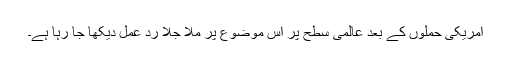
امریکی حملوں کے بعد عالمی سطح پر اس موضوع پر ملا جلا ردِ عمل دیکھا جا رہا ہے۔